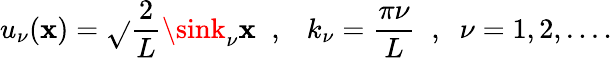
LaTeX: u_{\nu}(\mathbf{x})=\sqrt{}{{\frac{{2}}{{L}}}}\sink_{\nu}\mathbf{x}\; \; ,\; \; \ k_{\nu}=\frac{{\pi\nu}}{{L}}\; \; ,\; \; \nu=1,2,....